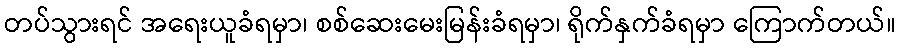
တပ်သွားရင် အရေးယူခံရမှာ၊ စစ်ဆေးမေးမြန်းခံရမှာ၊ ရိုက်နှက်ခံရမှာ ကြောက်တယ်။